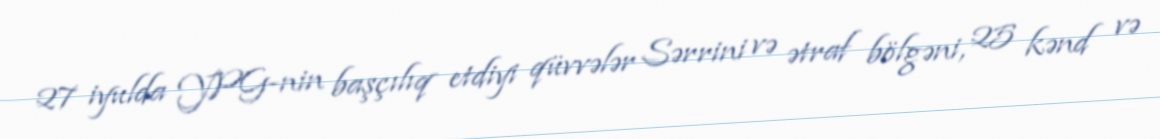
27 iyulda YPG-nin başçılıq etdiyi qüvvələr Sərrini və ətraf bölgəni, 25 kənd və